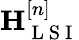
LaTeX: \mathbf{H}_{\mathrm{~L~S~I~}}^{[n]}